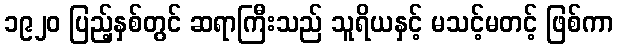
၁၉၂၀ ပြည့်နှစ်တွင် ဆရာကြီးသည် သူရိယနှင့် မသင့်မတင့် ဖြစ်ကာ